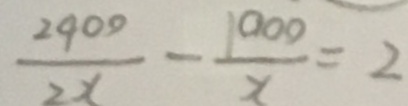
\frac { 2 9 0 0 } { 2 x } - \frac { 1 0 0 0 } { x } = 2